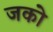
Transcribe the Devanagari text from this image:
जको